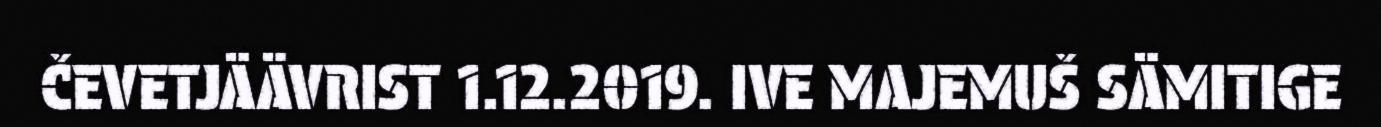
ČEVETJÄÄVRIST 1.12.2019. IVE MAJEMUŠ SÄMITIGE